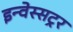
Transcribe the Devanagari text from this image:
इन्वेस्सट्रर